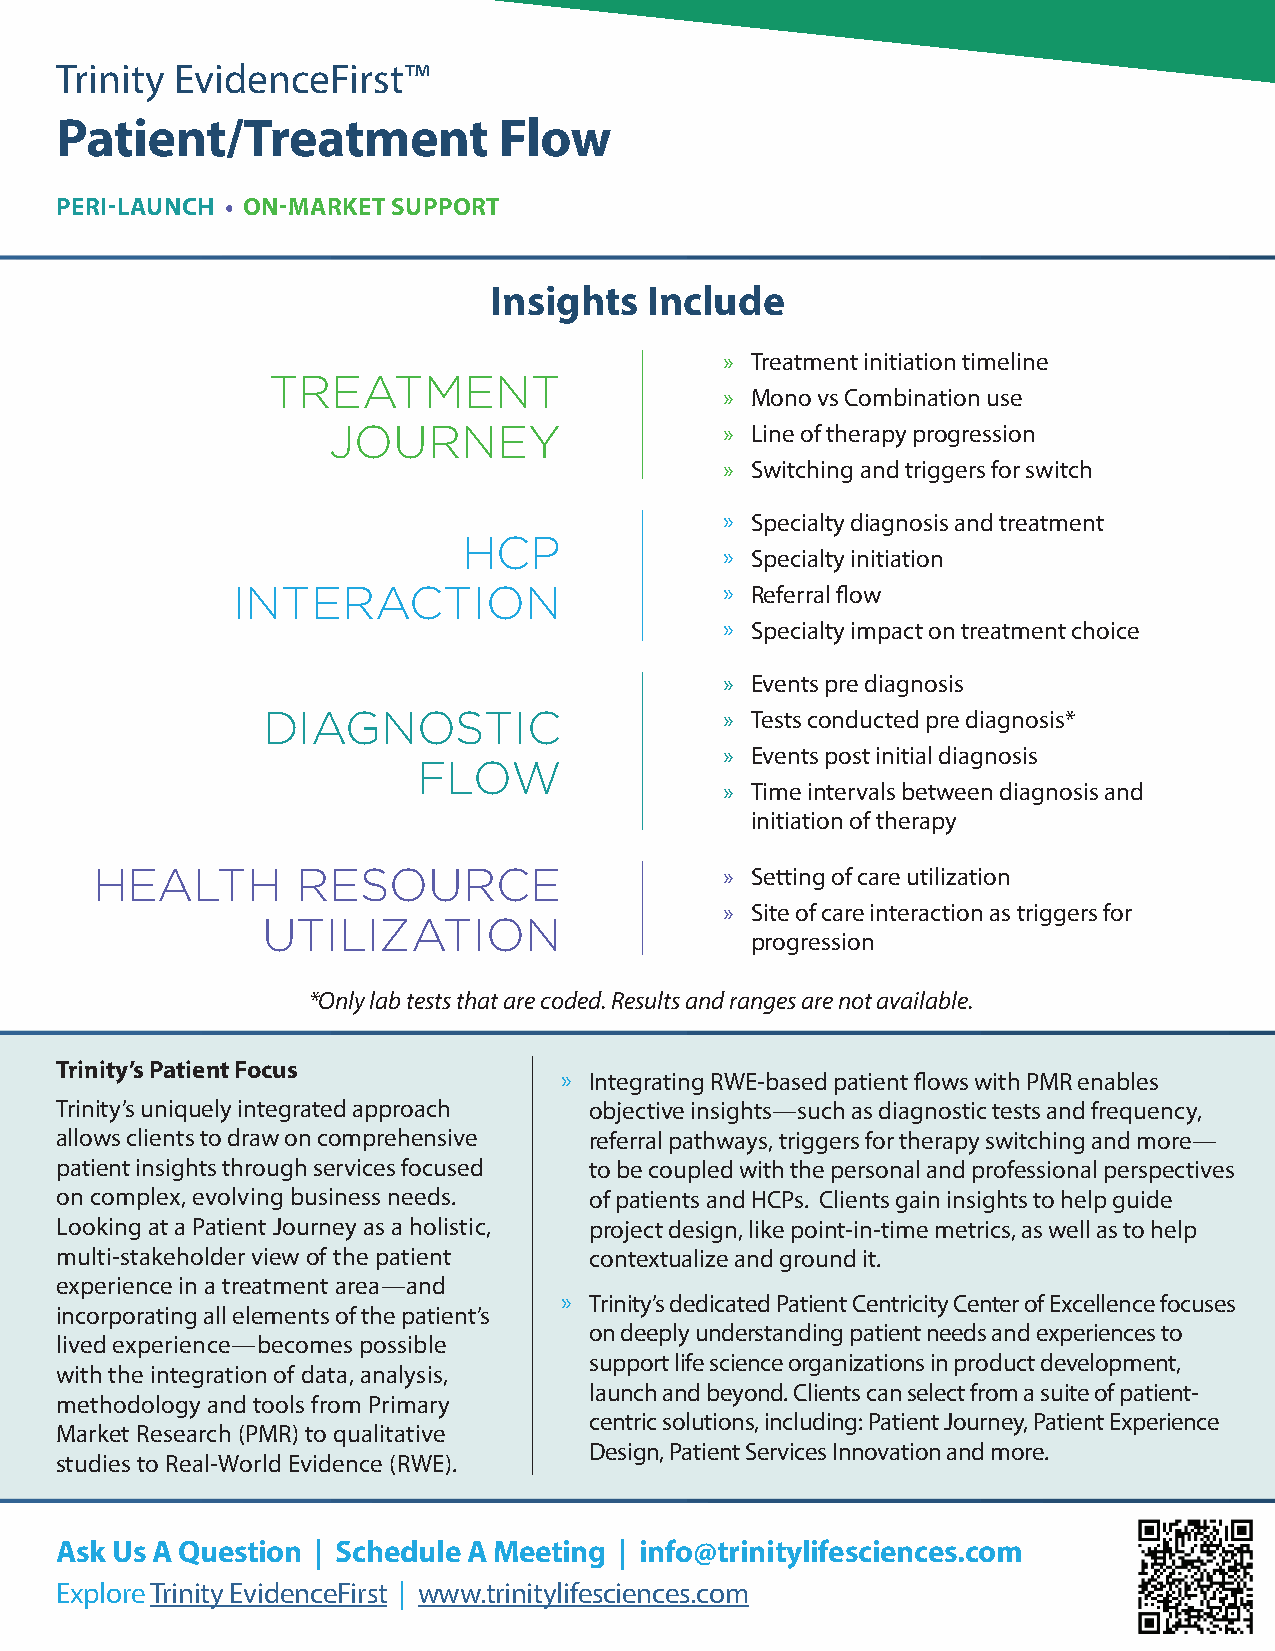
Trinity EvidenceFirst™
 Patient/Treatment            Flow
 PERI-LAUNCH • ON-MARKET SUPPORT
 Insights   Include
 » Treatment initiation timeline
 TREATMENT
 » Mono vs Combination use
 JOURNEY                   » Line of therapy progression
 » Switching and triggers for switch
 » Specialty diagnosis and treatment
 HCP
 » Specialty initiation
 INTERACTION                      » Referral flow
 » Specialty impact on treatment choice
 » Events pre diagnosis
 DIAGNOSTIC                     » Tests conducted pre diagnosis*
 » Events post initial diagnosis
 FLOW
 » Time intervals between diagnosis and
 initiation of therapy
 HEALTH        RESOURCE                    » Setting of care utilization
 » Site of care interaction as triggers for
 UTILIZATION
 progression
 *Only lab tests that are coded. Results and ranges are not available.
 Trinity’s Patient Focus
 » Integrating RWE-based patient flows with PMR enables
 Trinity’s uniquely integrated approach objective insights—such as diagnostic tests and frequency,
 allows clients to draw on comprehensive referral pathways, triggers for therapy switching and more—
 patient insights through services focused to be coupled with the personal and professional perspectives
 on complex, evolving business needs. of patients and HCPs. Clients gain insights to help guide
 Looking at a Patient Journey as a holistic, project design, like point-in-time metrics, as well as to help
 multi-stakeholder view of the patient contextualize and ground it.
 experience in a treatment area—and
 » Trinity’s dedicated Patient Centricity Center of Excellence focuses
 incorporating all elements of the patient’s
 on deeply understanding patient needs and experiences to
 lived experience—becomes possible
 support life science organizations in product development,
 with the integration of data, analysis,
 launch and beyond. Clients can select from a suite of patient-
 methodology and tools from Primary
 centric solutions, including: Patient Journey, Patient Experience
 Market Research (PMR) to qualitative
 Design, Patient Services Innovation and more.
 studies to Real-World Evidence (RWE).
 Ask Us A Question | Schedule A Meeting | info@trinitylifesciences.com
 Explore Trinity EvidenceFirst | www.trinitylifesciences.com